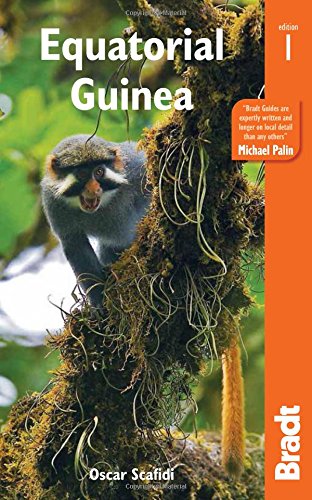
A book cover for Equatorial Guinea (Bradt Travel Guide); Oscar Scafidi; Travel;